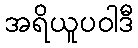
အရိယူပဝါဒီ